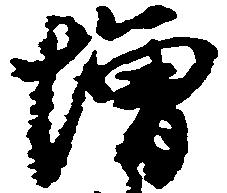
増